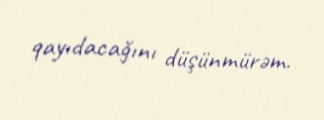
qayıdacağını düşünmürəm.